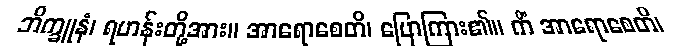
ဘိက္ခူနံ၊ ရဟန်းတို့အား။ အာရောစေတိ၊ ပြောကြား၏။ ကိံ အာရောစေတိ၊